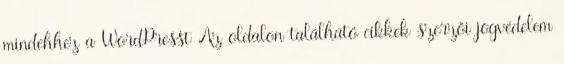
mindehhez a WordPresst Az oldalon található cikkek szerzői jogvédelem